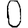
Digit: 0